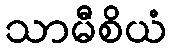
သာမီစိယံ